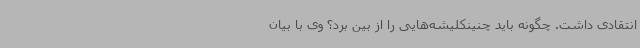
انتقادی داشت. چگونه باید چنینکلیشه‌هایی را از بین برد؟ وی با بیان